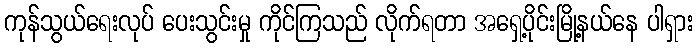
ကုန်သွယ်ရေးလုပ် ပေးသွင်းမှု ကိုင်ကြသည် လိုက်ရတာ အရှေ့ပိုင်းမြို့နယ်နေ ပါရှား